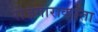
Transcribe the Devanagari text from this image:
रोजगाराकरता